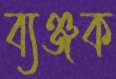
ব্যঞ্জক